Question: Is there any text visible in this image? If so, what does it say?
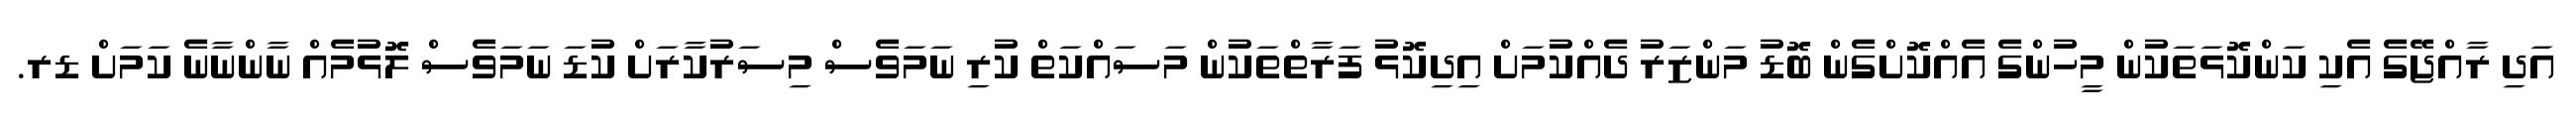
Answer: އަދި ރާއްޖޭގެ އެކި ކަންކޮޅަތަކުން މީހުންގެ އެއްކޮށްގެން ބޮޑު މަންޒަރު ދެއްކުމަށް އިދިކޮޅު ފަރާތްތަކުން މަސައްކަތް ކުރި ނަމަވެސް މިސަރުކާރަށް ކުޑަ ނަމަވެސް ލޮޅުމެއް ނާންނާނެ ކަމަށް ޑރ.